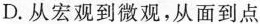
D.从宏观到微观，从面到点